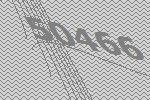
50466